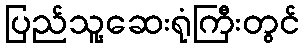
ပြည်သူ့ဆေးရုံကြီးတွင်